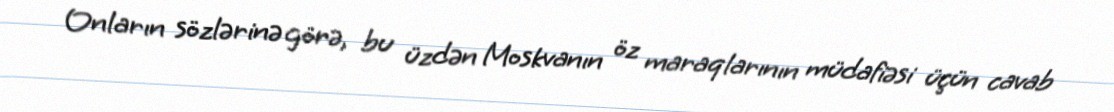
Onların sözlərinə görə, bu üzdən Moskvanın öz maraqlarının müdafiəsi üçün cavab